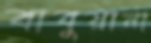
বাবুয়ানা